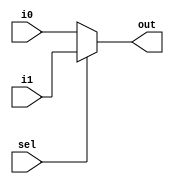

module Mux2x1 (out, i0, i1, sel);
	output out;
	input i0, i1, sel;
	assign out = sel ? i1 : i0;
endmodule